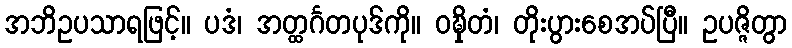
အဘိဥပသာရဖြင့်။ ပဒံ၊ အတ္ထင်္ဂတပုဒ်ကို။ ဝဍ္ဎှိတံ၊ တိုးပွားစေအပ်ပြီ။ ဥပဇ္ဇိတွာ